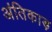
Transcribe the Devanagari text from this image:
अंतिकाड़